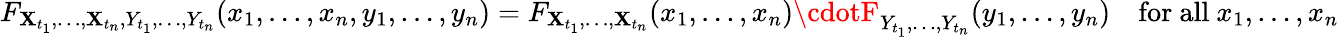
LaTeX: F_{\mathbf{X}_{t_{1}},\ldots,\mathbf{X}_{t_{n}},Y_{t_{1}},\ldots,Y_{t_{n}}}(x_{1},\ldots,x_{n},y_{1},\ldots,y_{n})=F_{\mathbf{X}_{t_{1}},\ldots,\mathbf{X}_{t_{n}}}(x_{1},\ldots,x_{n})\cdotF_{Y_{t_{1}},\ldots,Y_{t_{n}}}(y_{1},\ldots,y_{n})\quad{\mathrm{{for~all~}}}x_{1},\ldots,x_{n}